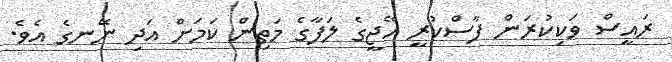
ރައީސް ވަކިކުރަން ފާސްކުރީ އޭޖީގެ ލަފާގެ މަތިން ކަމަށް އަދި ނޭނގެ އެވެ.